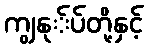
ကျွနု်ပ်တို့နှင့်